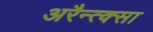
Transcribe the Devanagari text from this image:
अरैन्त्क्सा